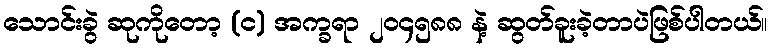
သောင်းခွဲ ဆုကိုတော့ (င) အက္ခရာ ၂၀၄၅၈၈ နဲ့ ဆွတ်ခူးခဲ့တာပဲဖြစ်ပါတယ်။